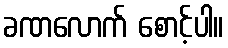
ခဏလောက် စောင့်ပါ။